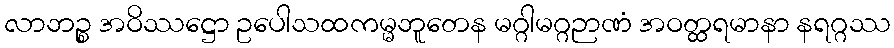
လာဘဉ္စ အဝိဿဋ္ဌော ဥပေါသထကမ္မဘူတေန မဂ္ဂါမဂ္ဂဉာဏံ အဝတ္ထရမာနာ နရဂ္ဂဿ